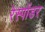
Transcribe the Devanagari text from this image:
रेस्पोंडर